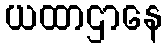
ယထာဌာနေ